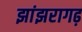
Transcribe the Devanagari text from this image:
झांझरागढ़